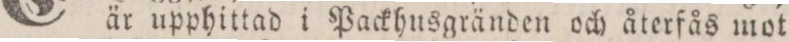
är upphittad i Packhusgränden och återfås mot